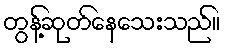
တွန့်ဆုတ်နေသေးသည်။